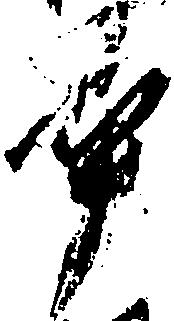
畢